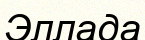
Эллада